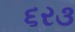
૬ર૩